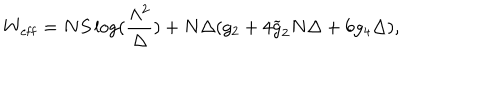
W _ { \mathrm { e f f } } = N S \log ( \frac { \Lambda ^ { 2 } } { \Delta } ) + N \Delta ( g _ { 2 } + 4 \widetilde { g } _ { 2 } N \Delta + 6 g _ { 4 } \Delta ) ,